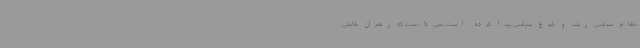
نظام سیاسی رشد و بلوغ سیاسی پیدا کرده است نمی‌دانست که رهبران طایفی